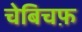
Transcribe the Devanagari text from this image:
चेबिचफ़